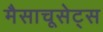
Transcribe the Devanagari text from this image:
मैसाचूसेट्स